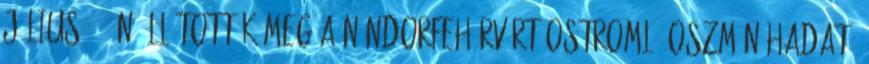
július 22-én állították meg a Nándorfehérvárt ostromló oszmán hadat.